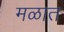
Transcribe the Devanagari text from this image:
मळात